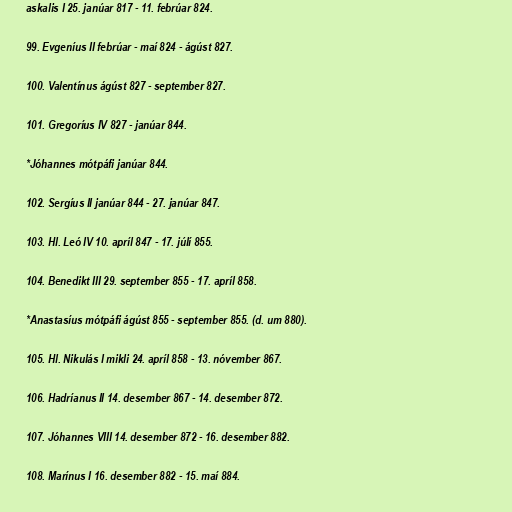
askalis I 25. janúar 817 - 11. febrúar 824.

99. Evgeníus II febrúar - maí 824 - ágúst 827.

100. Valentínus ágúst 827 - september 827.

101. Gregoríus IV 827 - janúar 844.

*Jóhannes mótpáfi janúar 844.

102. Sergíus II janúar 844 - 27. janúar 847.

103. Hl. Leó IV 10. apríl 847 - 17. júlí 855.

104. Benedikt III 29. september 855 - 17. apríl 858.

*Anastasíus mótpáfi ágúst 855 - september 855. (d. um 880).

105. Hl. Nikulás I mikli 24. apríl 858 - 13. nóvember 867.

106. Hadríanus II 14. desember 867 - 14. desember 872.

107. Jóhannes VIII 14. desember 872 - 16. desember 882.

108. Marínus I 16. desember 882 - 15. maí 884.